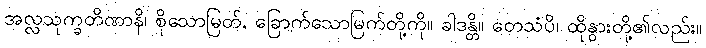
အလ္လသုက္ခတိဏာနိ၊ စိုသောမြတ်, ခြောက်သောမြက်တို့ကို။ ခါဒန္တိ။ တေသံပိ၊ ထိုနွားတို့၏လည်း။